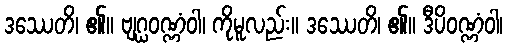
ဒဿေတိ၊ ၏။ ဗျဂ္ဃဝဏ္ဏံဝါ၊ ကိုမူလည်း။ ဒဿေတိ၊ ၏။ ဒီပိဝဏ္ဏံဝါ၊